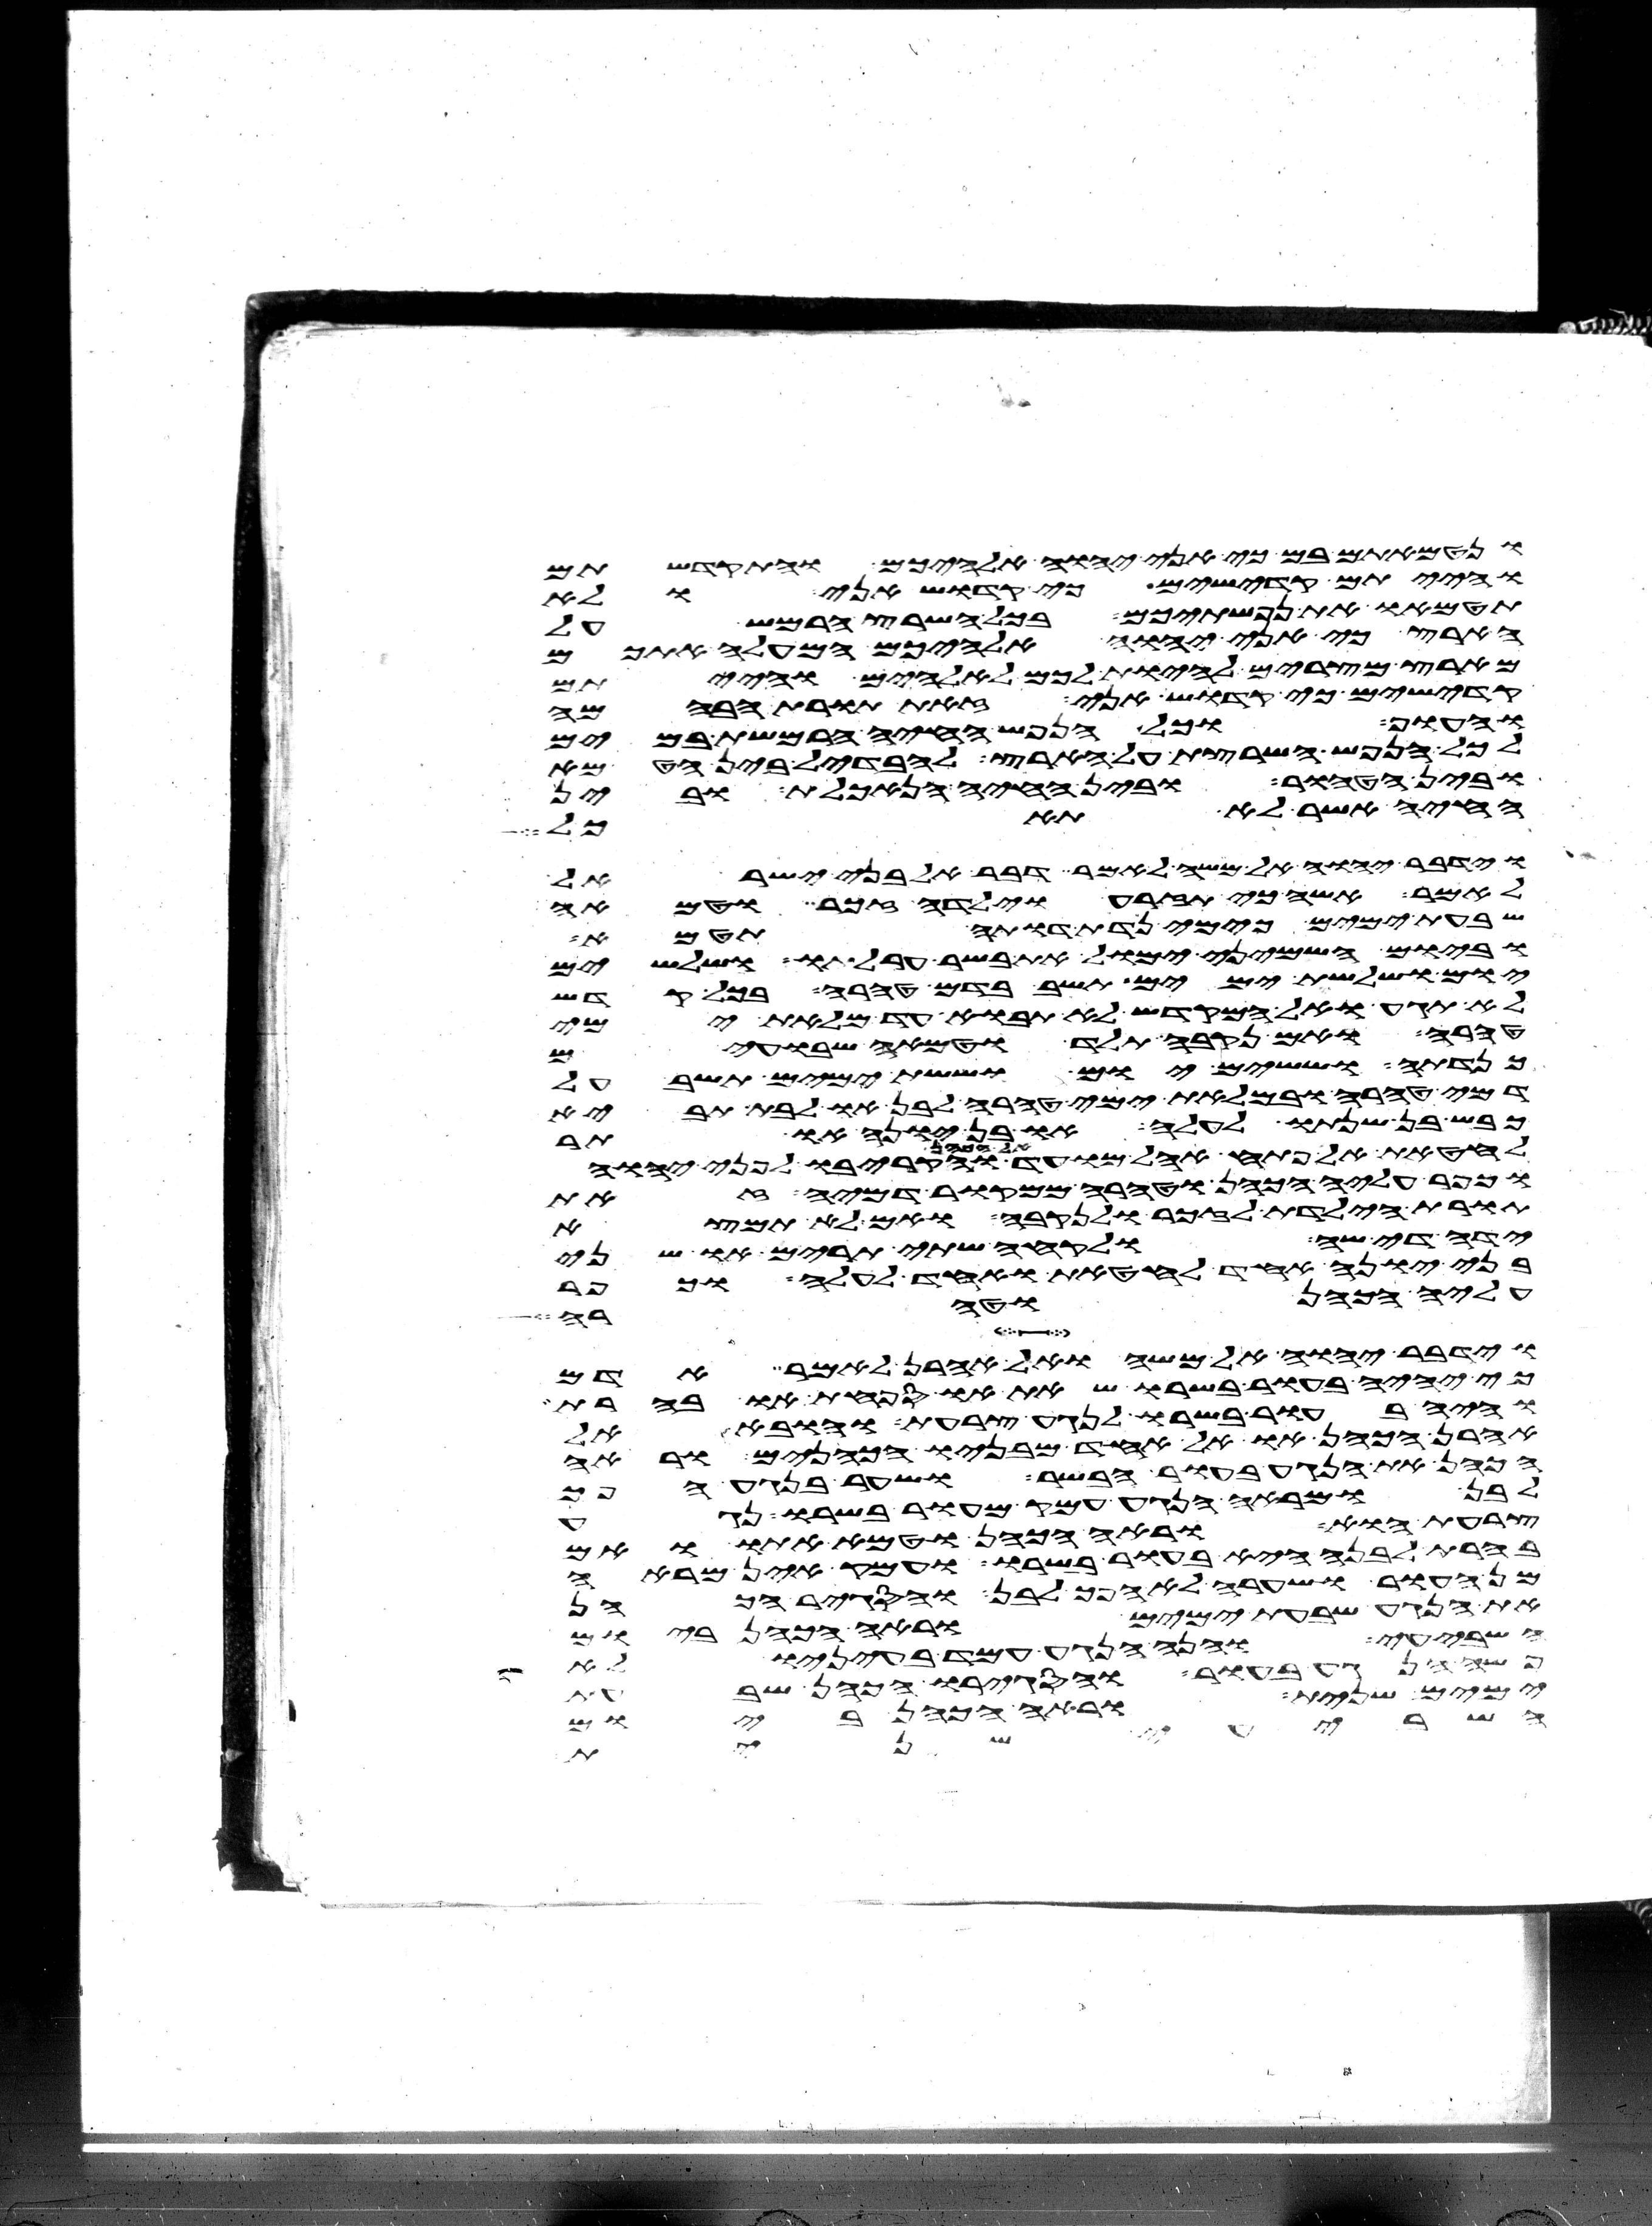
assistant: ונטמאתם בם כי אני יהוה אלהיכם והתקדשתם
והייתם קדישים כי קדוש אני ולא
תטמאו את נפשתיכם בכל השרץ הרמש על
הארץ כי אני יהוה אלהיכם המעלה אתכם
מארץ מצרים להיות לכם לאלהים והייתם
קדישים כי קדוש אני זאת תורת הבהמה
והעוף וכל הנפש החיה הרמשת במים
לכל הנפש השרצת על הארץ להבדיל בין הטמא
ובין הטהור ובין החיה הנאכלת ובין
החיה אשר לא תאכל
וידבר יהוה אל משה לאמר דבר אל בני ישראל
לאמר אשה כי תזרע וילדה זכר וטמאה
שבעת ימים כימי נדת דותה תטמא
וביום השמיני ימול את בשר ערלתו ושלשים
יום ושלשת ימים תשב בדם טהרה בכל קדש
לא תגע ואל המקדש לא תבוא עד מלאת ימי
טהרה ואם נקבה תלד וטמאה שבועים
כנדתה וששים יום וששת ימים תשב על
דמי טהרה ובמלאת ימי טהרה לבן או לבת תביא
כבש בן שנתו לעלה או בן יונה או תר
לחטאת אל פתח אהל מועד אל הכהן והקריבו לפני יהוה
וכפר עליה הכהן וטהרה ממקור דמיה זאת
תורת הילדת לזכר ולנקבה ואם לא תמצא
ידה די שה ולקחה שתי תרים או שני
בני יונה אחד לחטאת ואחד לעלה וכפר
עליה הכהן וטהרה
וידבר יהוה אל משה ואל אהרן לאמר אדם
כי יהיה בעור בשרו שאת או ספחת או בהרת
והיה בעור בשרו לנגע צרעת והובא אל
אהרן הכהן או אל אחד מבניו הכהנים וראה
הכהן את הנגע בעור הבשר ושער בנגע הפך
לבן ומראה הנגע עמק מעור בשרו נגע
צרעת הוא וראה הכהן וטמא אתו ואם
בהרת לבנה היא בעור בשרו ועמק אין מראה
מן העור ושערה לא הפך לבן והסגיר הכהן
את הנגע שבעת ימים וראה הכהן ביום
השביעי והנה הנגע עמד בעיניו לא
פשה הנגע בעור והסגירו הכהן שבעת
ימים שנית וראה הכהן ביום
השביעי שנית